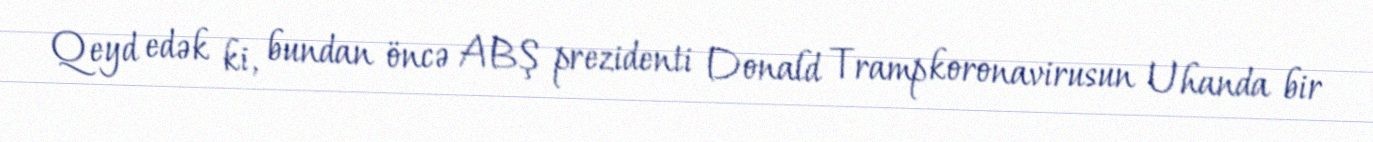
Qeyd edək ki, bundan öncə ABŞ prezidenti Donald Tramp koronavirusun Uhanda bir